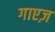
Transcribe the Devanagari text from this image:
गाएज़